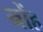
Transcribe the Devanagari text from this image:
नोंह